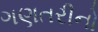
ગણતરીનો